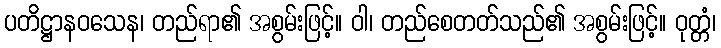
ပတိဋ္ဌာနဝသေန၊ တည်ရာ၏ အစွမ်းဖြင့်။ ဝါ၊ တည်စေတတ်သည်၏ အစွမ်းဖြင့်။ ဝုတ္တံ၊